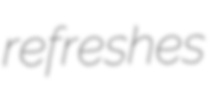
refreshes